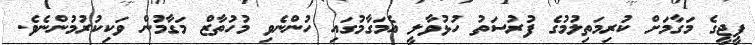
ޕީޖީގެ މަގާމަށް ކުރިމަތިލުމުގެ ފުރުސަތު ހުޅުވާލީ އެމަގާމުގައި ހުންނެވި މުހުތާޒް މަގާމުން ވަކިކުރުމުންނެވެ.